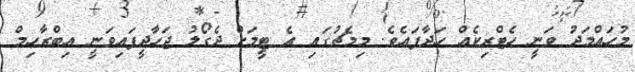
މުހައްމަދު ވަނީ ހެޓްރިކެއް ހަދާފައެވެ. މިމެޗުގައި އެ ޓީމަށް ދެގޯލު ޖަހާދީފައިވަނީ އިބްރާހިމް